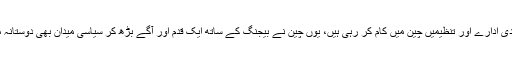
اسرائیلی تجارتی، ثقافتی، سماجی اور اقتصادی ادارے اور تنظیمیں چین میں کام کر رہی ہیں، یوں چین نے بیجنگ کے ساتھ ایک قدم اور آگے بڑھ کر سیاسی میدان بھی دوستانہ مراسم کے قیام کی کوششیں تیز کر دی ہیں۔